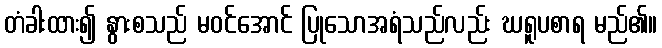
တံခါးထား၍ နွားစသည် မဝင်အောင် ပြုသောအရံသည်လည်း ဃရူပစာရ မည်၏။